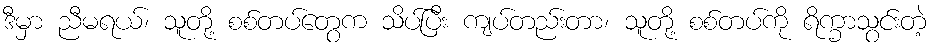
ဒီမှာ ညီမရယ်၊ သူတို့ စစ်တပ်တွေက သိပ်ပြီး ကျပ်တည်းတာ၊ သူတို့ စစ်တပ်ကို ရိက္ခာသွင်းတဲ့